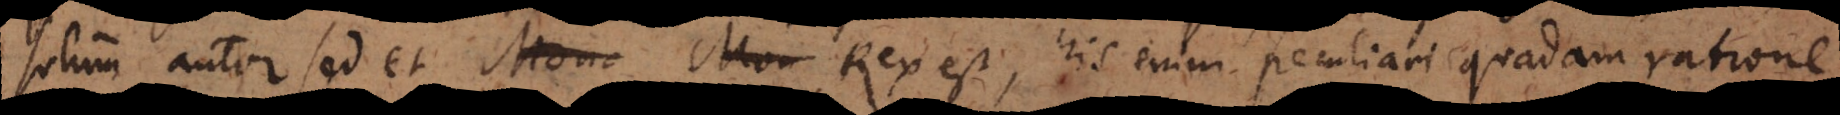
solum autor sed et Mona Mon Rex est, his enim peculiari quadam ratione